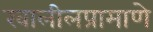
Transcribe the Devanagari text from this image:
खालीलप्रामाणे